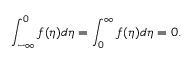
\int _ { - \infty } ^ { 0 } f ( \eta ) d \eta = \int _ { 0 } ^ { \infty } f ( \eta ) d \eta = 0 .